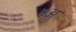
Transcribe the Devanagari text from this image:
७अ